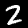
Digit: 2